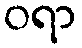
ဝရာ